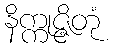
နိက္ကုဇ္ဇိတုံ